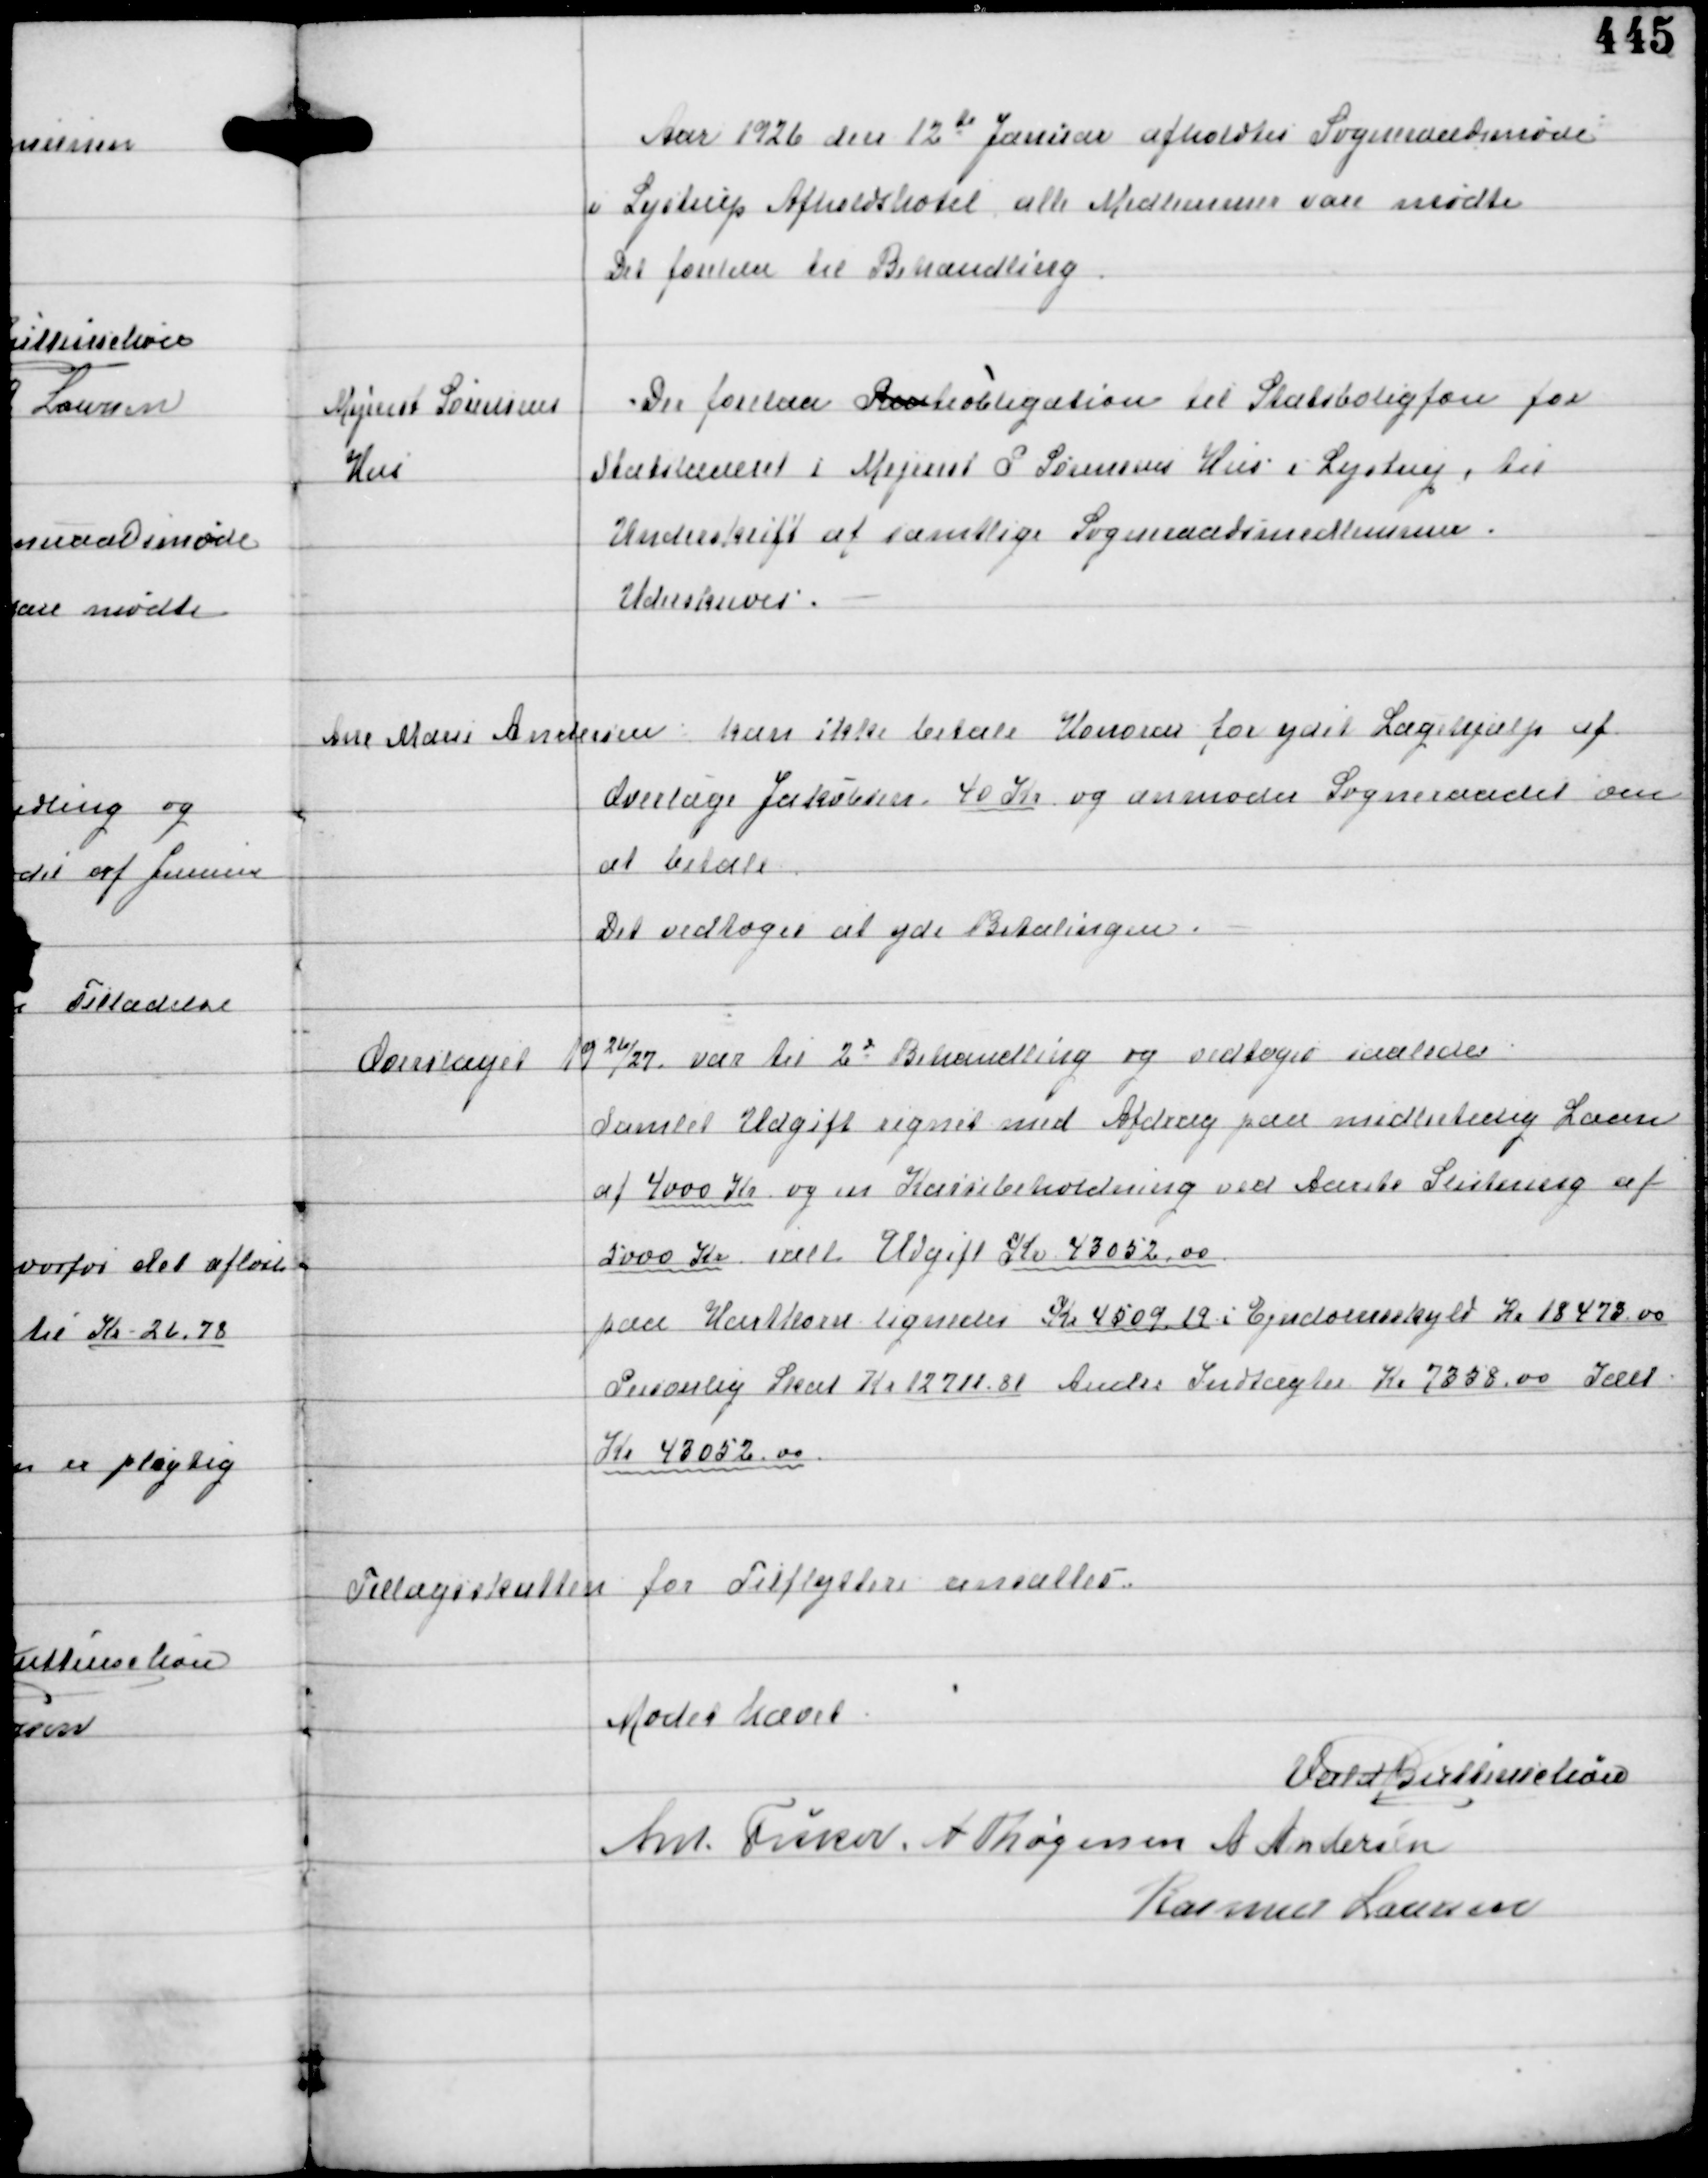
Transskription:
Aar 1926 den 12te Januar afholdtes Sogneraadsmøde
i Lystrup Afholdshotel alle Medlemmer vare mødte
Der forelaa til Behandling

Mejerist Sørensens
Hus

Der forelaa Renteobligaton til Statsboligfon for
Statslaanet i Mejerist P. Sørensens Hus i Lystrup, til
Underskrift af samtlige Sogneraadsmedlemmer.
Underskreves.

Ane Marie Andersen
kan ikke betale Honorar for ydet Lægehjælp af
Overlæge Jakobsen 40 Kr og anmoder Sogneraadet om
at betale
Det vedtoges at yde Betalingen.

Overslaget 1926/27
var til 2d Behandling og vedtoges saaledes
Samlet Udgift regnet med Afdrag paa midlertidig Laan
af 4000 Kr og en Kassebeholdning ved Aarets Slutning af
5000 Kr ialt Udgift Kr 43052,00
paa Hartkorn lignedes Kr 4509,19 i Ejendomsskyld Kr 18473,00
Personlig Skat Kr 12711,81 Andre Indtægter Kr 7358,00 Ialt
Kr 43052,00

Tillægsskatten for Tilflyttere ansattes.

Mødet hævet
Vald Buttenschøn
Ant Fisker A Thøgersen A Andersen
Rasmus Laursen